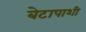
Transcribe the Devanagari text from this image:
बेटापाशी